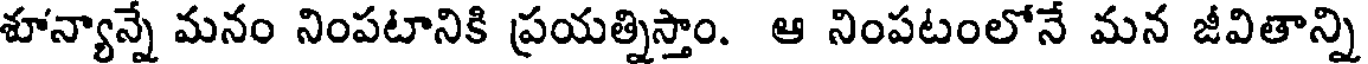
శూన్యాన్నే మనం నింపటానికి ప్రయత్నిస్తాం. ఆ నింపటంలోనే మన జీవితాన్ని